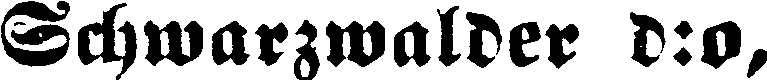
Schwarzwalder d:o,